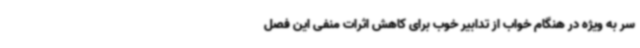
سر به ویژه در هنگام خواب از تدابیر خوب برای کاهش اثرات منفی این فصل